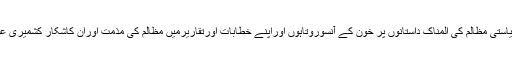
میں کشمیری عوام پرڈھائے جانیوالے ریاستی مظالم کی المناک داستانوں پر خون کے آنسوروتاہوں اوراپنے خطابات اورتقاریرمیں مظالم کی مذمت اوران کاشکار کشمیری عوام سے بارہا اظہاریکجہتی کرتارہاہوں۔